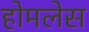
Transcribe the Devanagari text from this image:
होमलेस